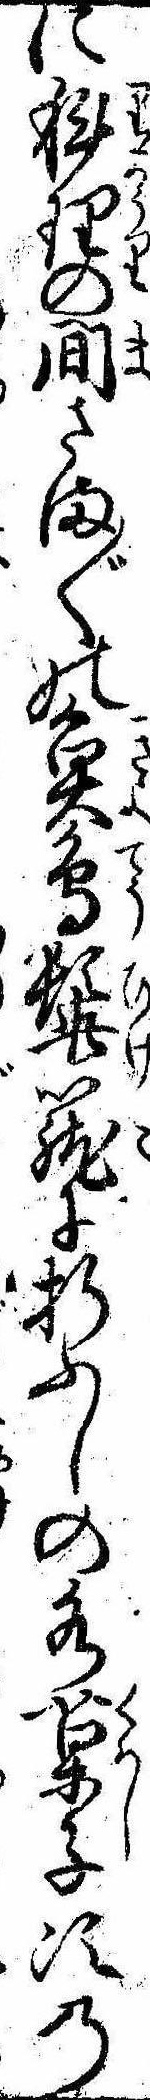
に科理の間さま〲の魚鳥髭篭に折ふしの水菓子次の